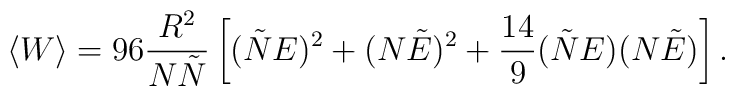
\langle W\rangle = 96 \frac{R^2}{N \tilde{N}} \left[(\tilde{N} E)^2 + (N\tilde{E})^2 + \frac{14}{9} (\tilde{N} E) (N\tilde{E}) \right].